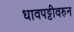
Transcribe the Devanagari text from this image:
धावपट्टीवरुन